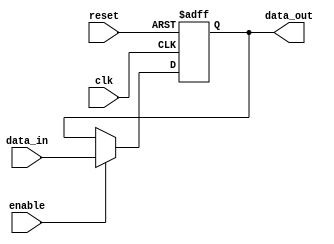
module ParameterizedRegister #(
    parameter WIDTH = 8  // Parameter to set the width of the register
)(
    input wire clk,       // Clock input
    input wire reset,     // Asynchronous reset input
    input wire enable,     // Enable input to control data capture
    input wire [WIDTH-1:0] data_in,  // Data input
    output reg [WIDTH-1:0] data_out   // Data output
);

    // Always block for synchronous operation
    always @(posedge clk or posedge reset) begin
        if (reset) begin
            data_out <= {WIDTH{1'b0}};  // Reset register to zero
        end else if (enable) begin
            data_out <= data_in;        // Capture input data on clock edge if enabled
        end
    end

endmodule